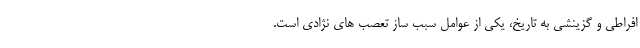
افراطی و گزینشی به تاریخ، یکی از عوامل سبب ساز تعصب های نژادی است.